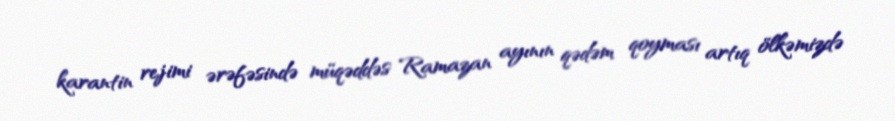
karantin rejimi ərəfəsində müqəddəs Ramazan ayının qədəm qoyması artıq ölkəmizdə